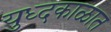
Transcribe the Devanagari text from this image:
युध्दकाळात